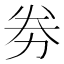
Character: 劵